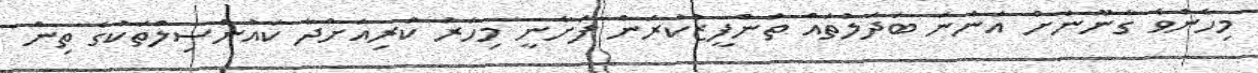
މިހެންވެ ގާނޫނަށް އަންނަ ބަދަލުތައް ތަންފީޒުކުރަން ފަށާނީ މިހާރު ކުރިއަށްދާ ކައުންސިލްތަކުގެ ތިން